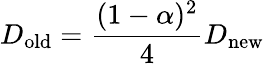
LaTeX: D_{\mathrm{old}}=\frac{(1-\alpha)^{2}}{4}D_{\mathrm{new}}